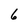
Character: 6